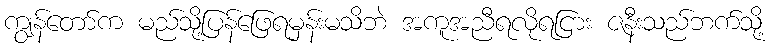
ကျွန်တော်က မည်သို့ပြန်ဖြေရမှန်းမသိဘဲ အကူအညီရလိုရငြား ဇနီးသည်ဘက်သို့